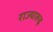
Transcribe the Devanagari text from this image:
राज्यारूढ़